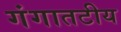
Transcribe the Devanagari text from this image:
गंगातटीय